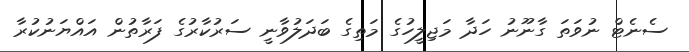
ސެނެޓް ނުވަތަ ގާނޫނު ހަދާ މަޖިލީހުގެ މަތިގެ ބަދަލުވާނީ ސަރުކާރުގެ ފަރާތުން އައްޔަނުކުރާ